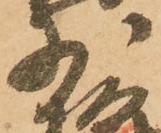
少